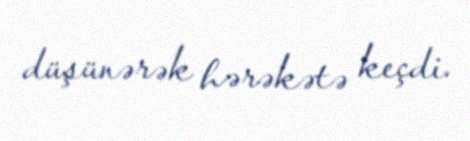
düşünərək hərəkətə keçdi.